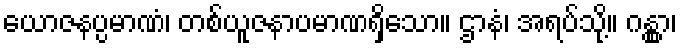
ယောဇနပ္ပမာဏံ၊ တစ်ယူဇနာပမာဏရှိသော။ ဌာနံ၊ အရပ်သို့။ ဂန္တွာ၊